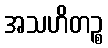
အသဟိတဉ္စ